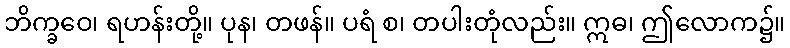
ဘိက္ခဝေ၊ ရဟန်းတို့။ ပုန၊ တဖန်။ ပရံ စ၊ တပါးတုံလည်း။ ဣဓ၊ ဤလောက၌။